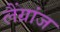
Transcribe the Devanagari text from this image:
लैंग्रांज